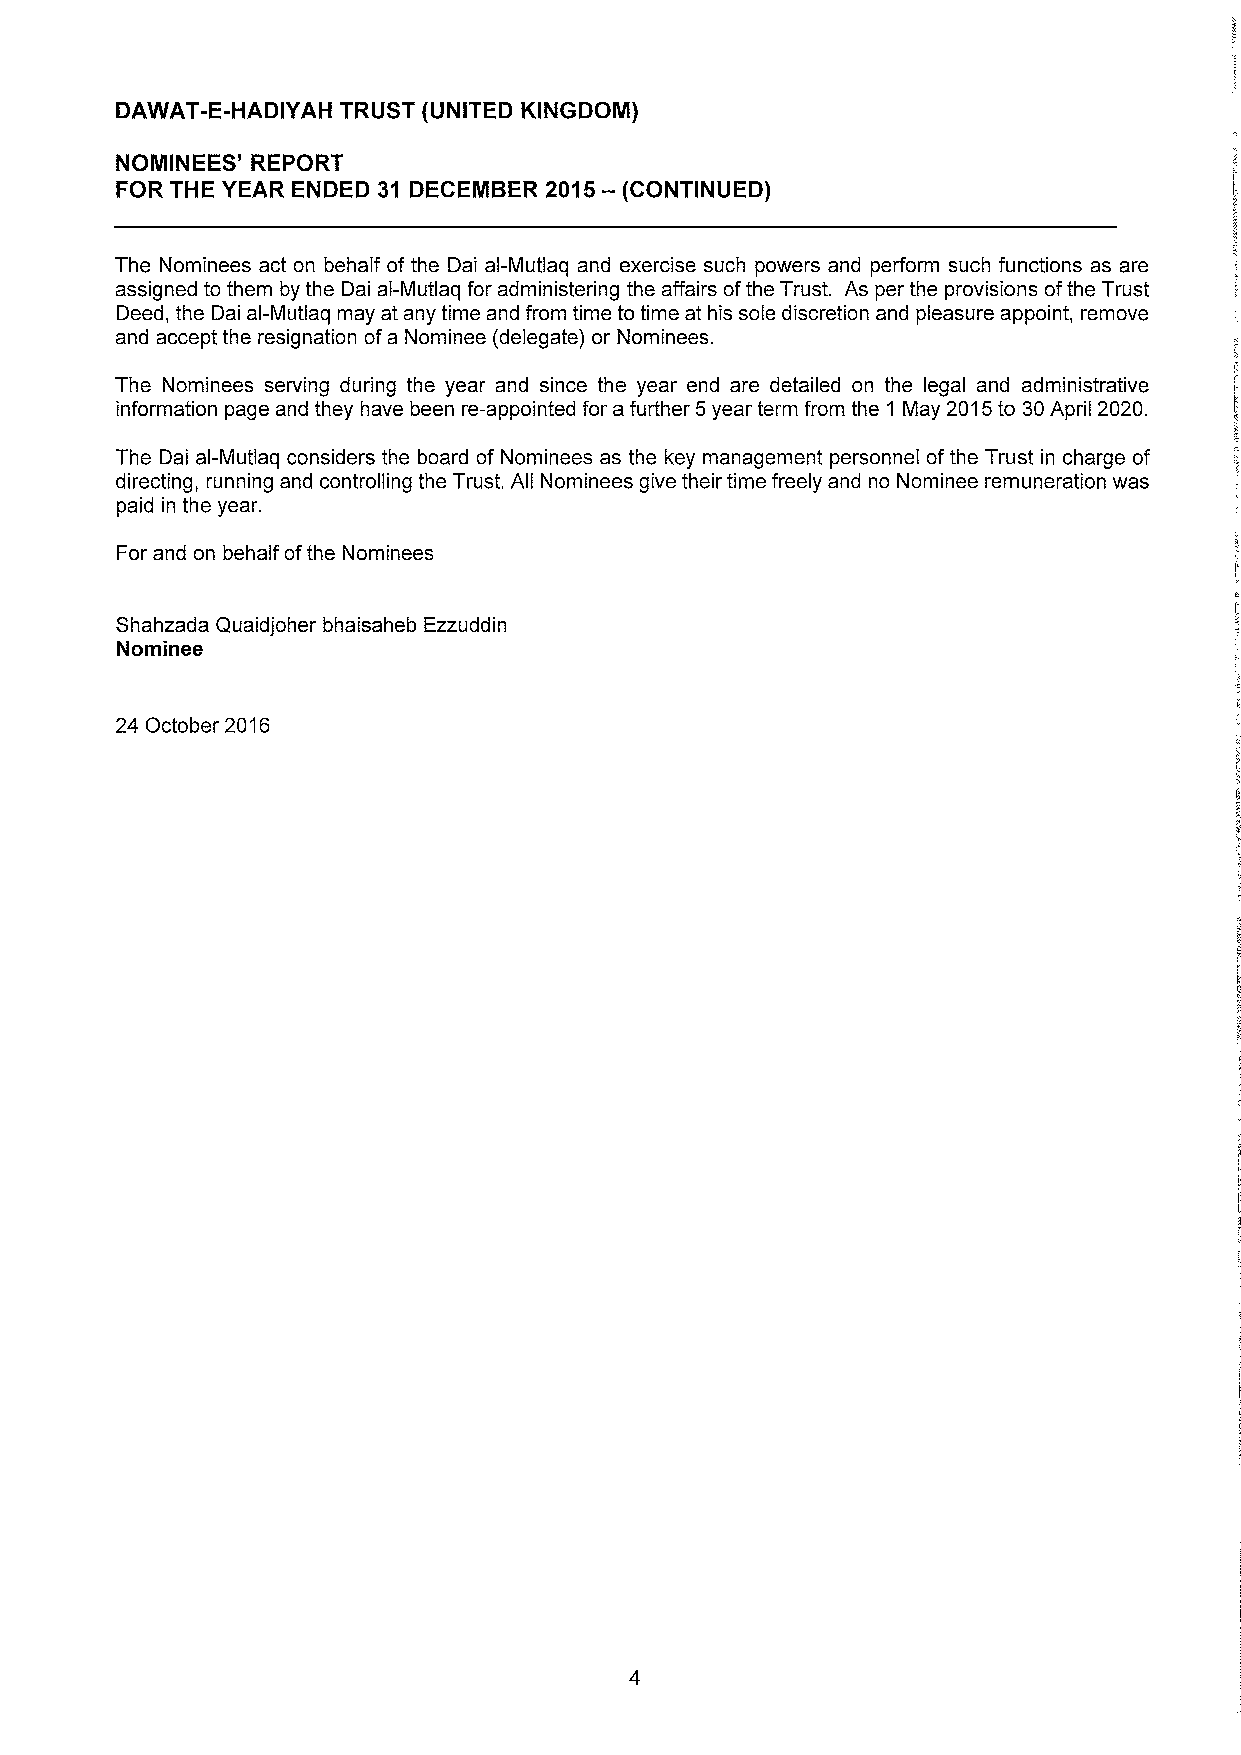
DAWAT-E-HADIYAH TRUST (UNITED KINGDOM)
 NOMINEES' REPORT
 FOR THE YEAR ENDED 31 DECEMBER 2015 - (CONTINUED)
 The Nominees act on behalf of the Dai al-Mutlaq and exercise such powers and perform such functions as are
 assigned to them by the Dai al-Mutlaq for administering the affairs of the Trust. As per the provisions of the Trust
 Deed, the Dai al-Mutlaq may at any time and from time to time at his sole discretion and pleasure appoint, remove
 and accept the resignation of a Nominee (delegate) or Nominees.
 The Nominees serving during the year and since the year end are detailed on the legal and administrative
 information page and they have been re-appointed for a further 5 year term from the 1 May 2015 to 30 April 2020.
 The Dai al-Mutlaq considers the board of Nominees as the key management personnel of the Trust in charge of
 directing, running and controlling the Trust. All Nominees give their time freely and no Nominee remuneration was
 paid in the year.
 For and on behalf of the Nominees
 Shahzada Quaidjoher bhaisaheb Ezzuddin
 Nominee
 24 October 2016